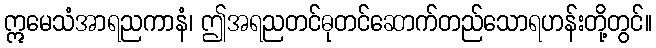
ဣမေသံအာရညကာနံ၊ ဤအရညတင်ဓုတင်ဆောက်တည်သောရဟန်းတို့တွင်။